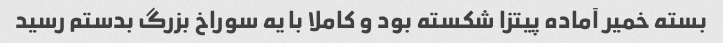
بسته خمیر آماده پیتزا شکسته بود و کاملا با یه سوراخ بزرگ بدستم رسید